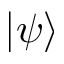
| \psi \rangle